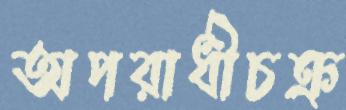
অপরাধীচক্র